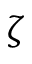
\zeta